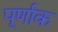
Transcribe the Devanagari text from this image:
पूर्णाक